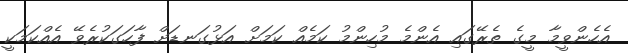
އެހެންވީމާ މީގެ ތެރޭގައި އެންމެ މުހިންމު ކަމެއް ކަމަށް އަޅުގަނޑަށް ފާހަގަކުރެވޭ އެއްކަމަކީ